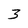
Character: 3